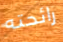
رائحته